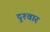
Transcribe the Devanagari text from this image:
दुश्‍वार